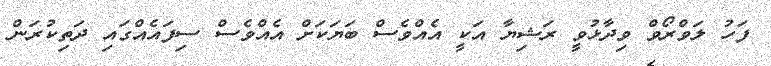
ފަހު ލަވްރޯވް ވިދާޅުވީ ރަޝިޔާ އަކީ އެއްވެސް ބަޔަކަށް އެއްވެސް ސިފައެއްގައި ދަތިކުރަން